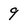
Character: 9